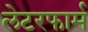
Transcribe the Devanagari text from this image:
लेटरफार्म